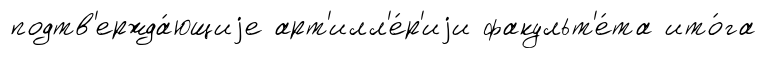
подтв'ержда́ющиjе арт'илл'е́р'иjи факульт'е́та ито́га